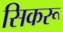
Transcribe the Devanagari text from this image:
सिकरू